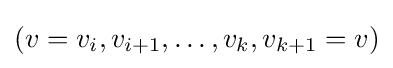
(v=v_{i},v_{i+1},\ldots ,v_{k},v_{k+1}=v)